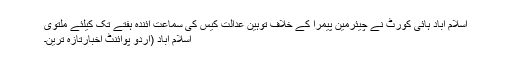
اسلام آباد ہائی کورٹ نے چیئرمین پیمرا کے خلاف توہین عدالت کیس کی سماعت آئندہ ہفتے تک کیلئے ملتوی
اسلام آباد (اُردو پوائنٹ اخبارتازہ ترین۔